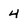
Character: 4